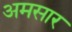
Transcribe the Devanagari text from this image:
अमसार